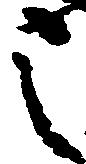
之